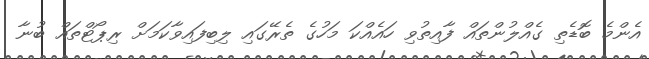
އެންމެ ބޮޑެތި ގެއްލުންތައް ފާއިތުވި ހައެއްކަ މަހުގެ ތެރޭގައި ލިބިފައިވާކަމަށް ރިޕޯޓްތައް ބުނާ